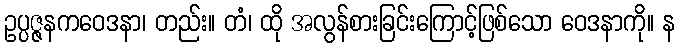
ဥပ္ပဇ္ဇနကဝေဒနာ၊ တည်း။ တံ၊ ထို အလွန်စားခြင်းကြောင့်ဖြစ်သော ဝေဒနာကို။ န